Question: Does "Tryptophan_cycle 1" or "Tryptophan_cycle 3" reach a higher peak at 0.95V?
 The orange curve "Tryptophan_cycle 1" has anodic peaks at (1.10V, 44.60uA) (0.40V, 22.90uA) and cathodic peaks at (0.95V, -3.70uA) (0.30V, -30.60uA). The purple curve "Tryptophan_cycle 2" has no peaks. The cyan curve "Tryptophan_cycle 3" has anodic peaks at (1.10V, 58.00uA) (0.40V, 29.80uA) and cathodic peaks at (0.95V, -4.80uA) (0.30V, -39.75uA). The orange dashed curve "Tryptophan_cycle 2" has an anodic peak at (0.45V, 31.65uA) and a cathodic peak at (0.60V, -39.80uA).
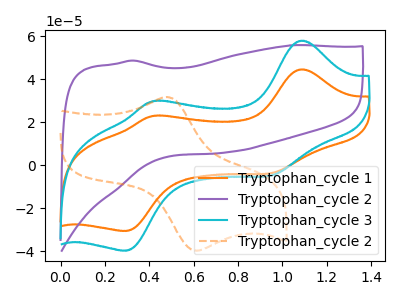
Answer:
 <answer>The peak at 0.95V is lower in "Tryptophan_cycle 1" than in "Tryptophan_cycle 3".</answer>
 <eval>lower</eval>